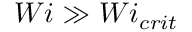
W i \gg W i _ { c r i t }